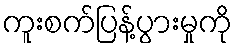
ကူးစက်ပြန့်ပွားမှုကို